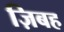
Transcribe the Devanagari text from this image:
ज़िबह